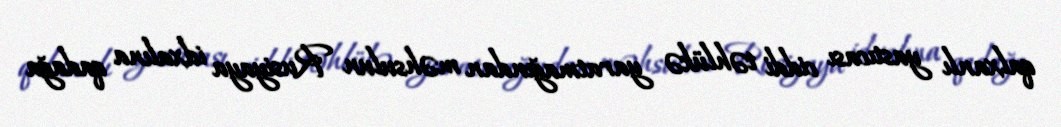
qalxanlı yastıcası ciddi təhlükə yaratmağından məhsulun Rusiyaya idxalına qadağa